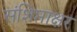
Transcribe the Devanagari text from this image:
संशिप्ताक्षर